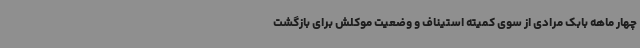
چهار ماهه بابک مرادی از سوی کمیته استیناف و وضعیت موکلش برای بازگشت